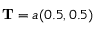
\mathbf { T } = a ( 0 . 5 , 0 . 5 )